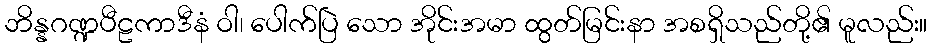
ဘိန္နဂဏ္ဍပီဠကာဒီနံ ဝါ၊ ပေါက်ပြဲ သော အိုင်းအမာ ထွတ်မြင်းနာ အစရှိသည်တို့၏ မူလည်း။